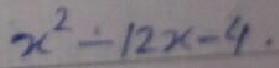
$\(x^{2}-12x - 4\)$